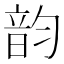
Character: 韵